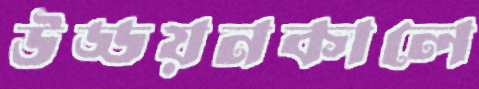
উড্ডয়নকালে